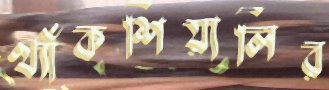
খ্যাঁকশিয়ালির